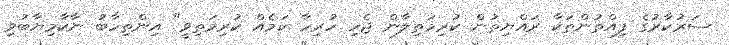
ސަރުކާރުގެ ފިއްތުންތަކާ ރައްޔިތުން ކުރިމަތިލާން ޖެހި ހުރިހާ ކަމެއް ކުރިމަތިވީ" އިންތިހާބު ނާކާމިޔާބުވި